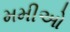
મમીઓ